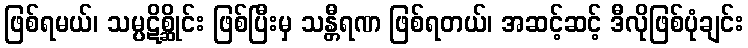
ဖြစ်ရမယ်၊ သမ္ပဋိစ္ဆိုင်း ဖြစ်ပြီးမှ သန္တီရဏ ဖြစ်ရတယ်၊ အဆင့်ဆင့် ဒီလိုဖြစ်ပုံချင်း